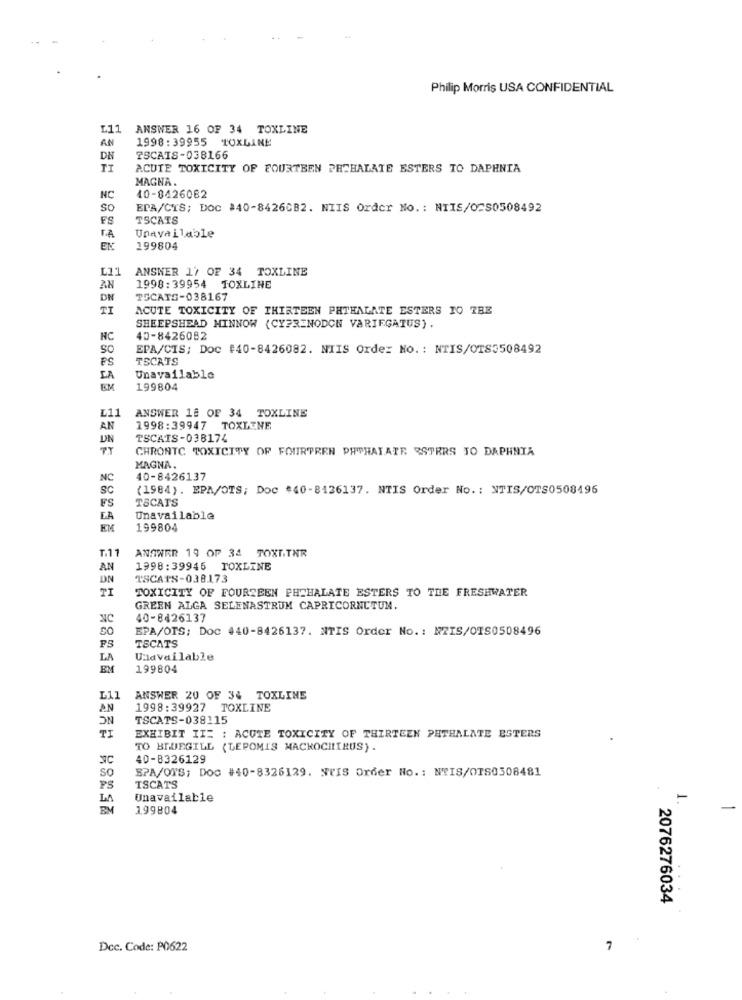
Philip Morris USA CONFIDENTIAL
L11
ANSWER 16 OF 34 TOXLINE
AN
1998:39955 TOXLINE
DN
TSCAIS-038166
ACUTE TOXICITY OF FOURTEEN PRCHALATE ESTERS TO DAPHNIA
MAGNA.
NC
10-8426082
So
EPA/CTS; DOC #40-84260B2. NIIS Order No .: NIIS/O2S0508492
FS
TSCATS
T.A
Unavailable
EN
199804
ANSWER 17 OF 34 TOXLINE
L11
AN
1998:39954 TOXLINE
DN
TSCATS-038167
ACUTE TOXICITY OF THIRTEEN PHTHALATE ESTERS TO THE
SHEEPSHEAD MINNOW (CY?RENODON VARIEGATUS).
NC
40-8426082
SO
EPA/CIS; Doc #40-8426082. NIIS Order No. : NTIS/OTS3508492
Ps
TSCATS
LA
Unavailable
EM
199804
L11
ANSWER 18 OF 34 TOXLINE
AN
1998:39947 TOXLENE
UN
TSCAIS-038174
CHRONTC TOXICITY OF FOURTREN PHTHALATE SSTERS TO DAPHNIA
MAGNA,
NC
40-8426137
sc
(1984). EPA/OTS; Doc #40-8126137. NTIS Order No. : NTIS/CTS0508496
FS
TSCATS
EA
Unavailable
EM
199804
T.11
ANSWER 19 OP 34 TOXETNR
AN
1998:39946 TOXLINE
DN
TSCATS-038173
TOXICITY OF FOURTEEN PHTHALATE ESTERS TO THE FRESHWATER
GREEN ALGA SELENASTRUM CAPRICORNCTUM.
40-8426137
EPA/OIS; Doc 440-8426137. NTIS Order No. : NZIS/0IS0508496
TSCATS
PS
LA
Unavailable
EM
199804
L11
ANSWER 20 OF 34 TOXLINE
AN
NC
1998:39927 TOXLINE
TSCATS-038115
TI
EXHIBIT II= : ACUTE TOXICITY OF THIRTEEN PHTHALATE ESTERS
TO BLUEGILL (LEPOMIS MACROCHIRUS) .
40-8326129
So
SPA/OTS; Doc #40-8326129. NVIS Order No .: NTIS/OTS0308481
PS
TSCATS
Unavailable
-
199804
2076276034
Dcc. Code: P0622
7